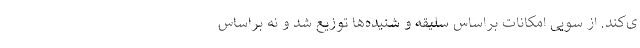
ی‌کند. از سویی امکانات براساس سلیقه و شنیده‌ها توزیع شد و نه براساس